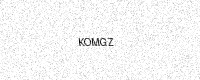
Text: KOMGZ